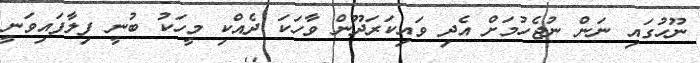
ނޫހުގައި ނަން ނުޖެހުމަށް އެދި ވައިކަރަދޫން ވާހަކަ ދެއްކި މީހަކު ބުނީ ފިލާފައިވަނީ